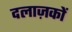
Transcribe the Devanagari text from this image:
दलाज़कों